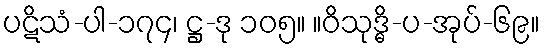
ပဋိသံ-ပါ-၁၇၄၊ ဋ္ဌ-ဒု ၁၀၅။ ။ဝိသုဒ္ဓိ-ပ-အုပ်-၆၉။